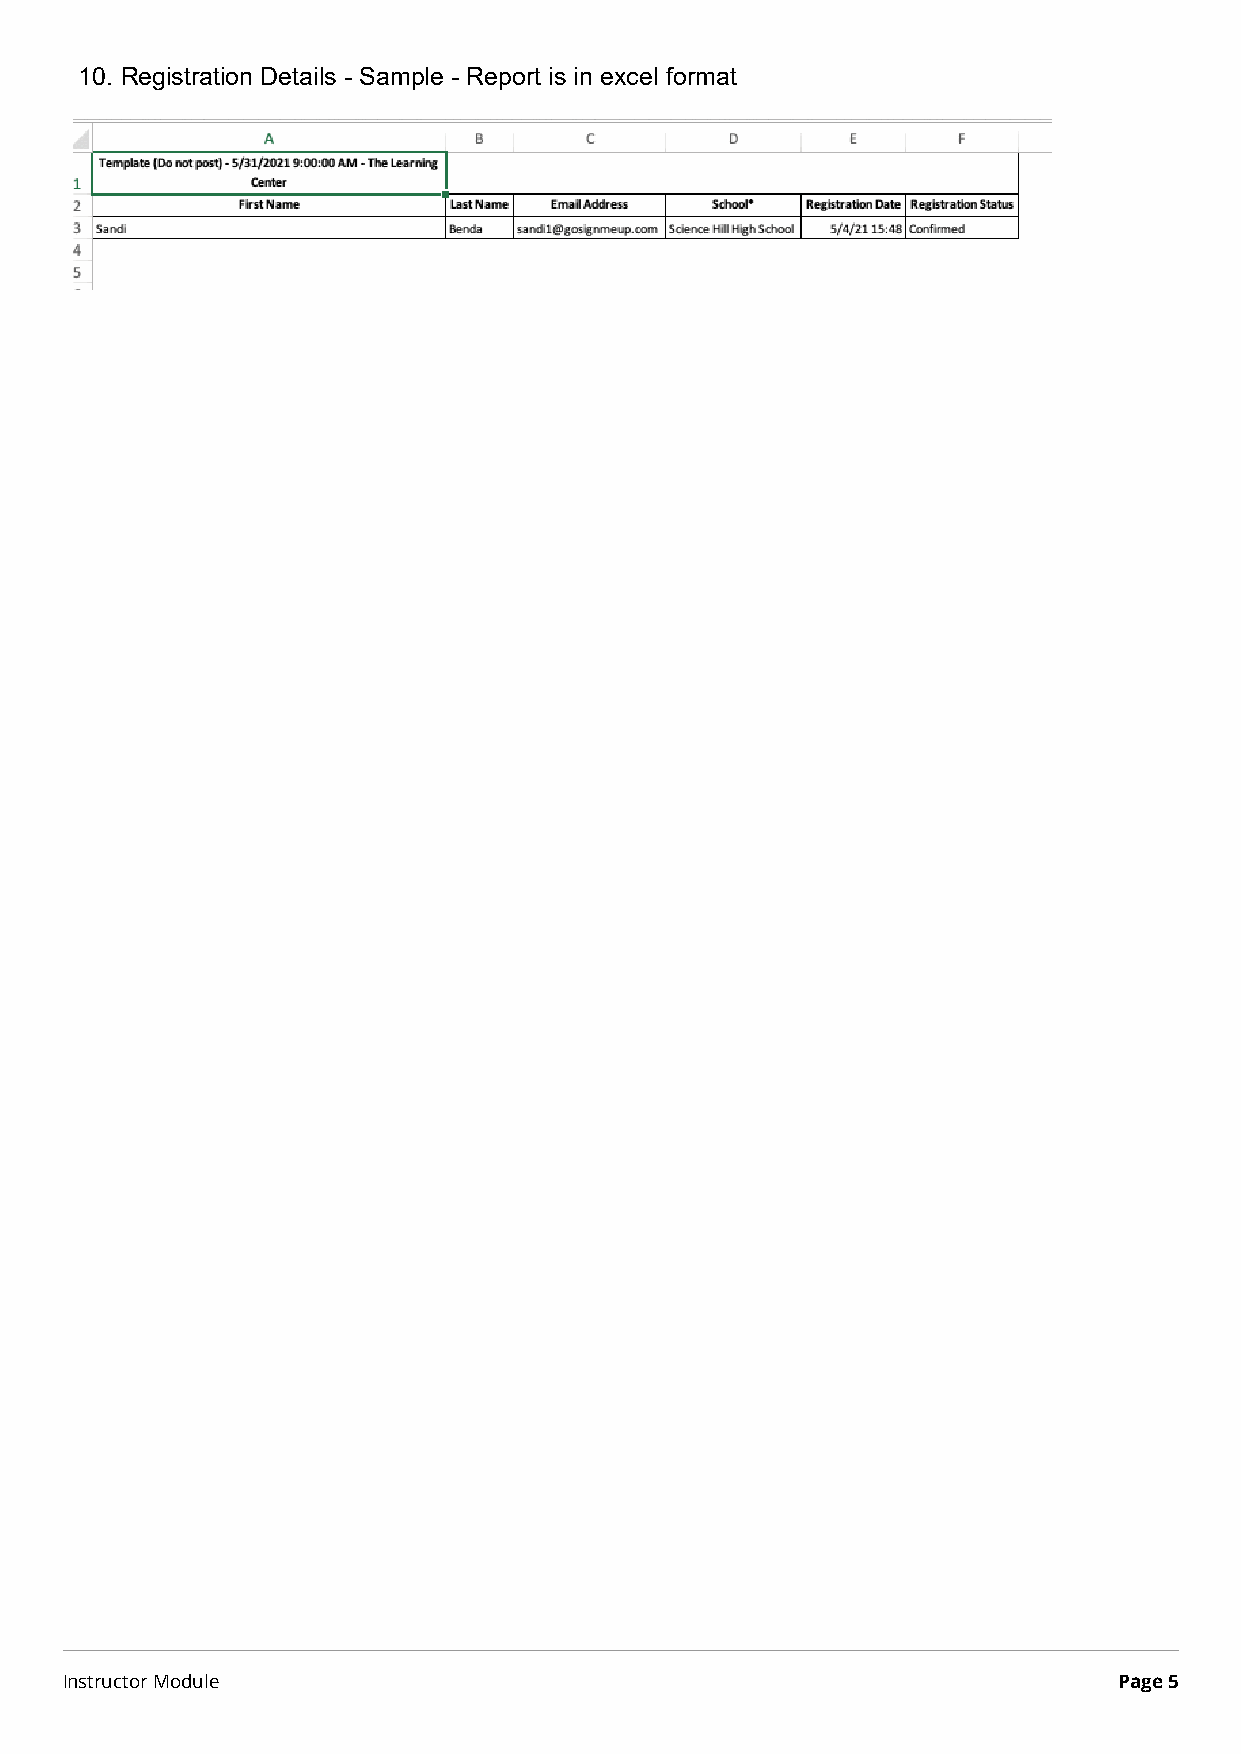
10. Registration Details - Sample - Report is in excel format
 Instructor Module                                                     Page 5